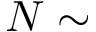
N \sim